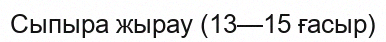
Сыпыра жырау (13—15 ғасыр)